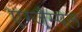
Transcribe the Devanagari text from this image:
एग्जैम्पल